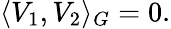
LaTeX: \langle V_{1},V_{2}\rangle_{G}=0.